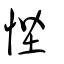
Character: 悂